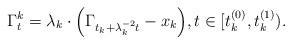
LaTeX: \begin{align*}\Gamma_{t}^{k} = \lambda_{k}\cdot\Big( \Gamma_{t_{k}+\lambda_{k}^{-2}t}-x_{k} \Big),t\in[t_{k}^{(0)}, t_{k}^{(1)}).\end{align*}